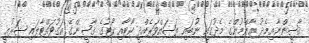
ޤާޟީންނާއިމެދު ޢާންމުންގެ މެދުގައި ނުބައި ތަޞައްވަރެއްދީ ކޯޓާއި ކޯޓުގެ ޤާޟީންގެ އަގުވައްޓާލައި ޝަރުޢީ